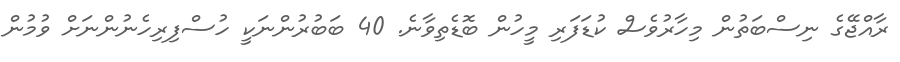
ރާއްޖޭގެ ނިސްބަތުން މިހާރުވެސް ކުޑަފަރި މީހުން ބޮޑެތިވާނެ. 40 ބަބުރުންނަކީ ހުސްފިރިހެނުންނަށް ވުމުން